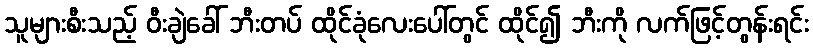
သူများစီးသည့် ဝီးချဲခေါ် ဘီးတပ် ထိုင်ခုံလေးပေါ်တွင် ထိုင်၍ ဘီးကို လက်ဖြင့်တွန်းရင်း